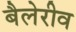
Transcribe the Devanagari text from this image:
बैलेरीव